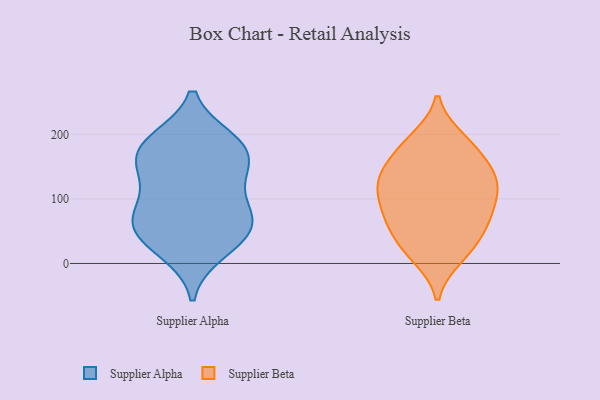
{"axis": {"x": "Net Income (USD K)", "y": "Value"}, "legend": ["Supplier Alpha", "Supplier Beta"], "data": [{"x": "", "y": 19, "type": "Supplier Alpha"}, {"x": "", "y": 141, "type": "Supplier Alpha"}, {"x": "", "y": 151, "type": "Supplier Alpha"}, {"x": "", "y": 184, "type": "Supplier Alpha"}, {"x": "", "y": 35, "type": "Supplier Alpha"}, {"x": "", "y": 125, "type": "Supplier Alpha"}, {"x": "", "y": 73, "type": "Supplier Alpha"}, {"x": "", "y": 70, "type": "Supplier Alpha"}, {"x": "", "y": 170, "type": "Supplier Alpha"}, {"x": "", "y": 190, "type": "Supplier Alpha"}, {"x": "", "y": 42, "type": "Supplier Alpha"}, {"x": "", "y": 68, "type": "Supplier Alpha"}, {"x": "", "y": 185, "type": "Supplier Alpha"}, {"x": "", "y": 77, "type": "Supplier Alpha"}, {"x": "", "y": 64, "type": "Supplier Beta"}, {"x": "", "y": 70, "type": "Supplier Beta"}, {"x": "", "y": 135, "type": "Supplier Beta"}, {"x": "", "y": 122, "type": "Supplier Beta"}, {"x": "", "y": 81, "type": "Supplier Beta"}, {"x": "", "y": 144, "type": "Supplier Beta"}, {"x": "", "y": 90, "type": "Supplier Beta"}, {"x": "", "y": 180, "type": "Supplier Beta"}, {"x": "", "y": 10, "type": "Supplier Beta"}, {"x": "", "y": 112, "type": "Supplier Beta"}, {"x": "", "y": 190, "type": "Supplier Beta"}, {"x": "", "y": 58, "type": "Supplier Beta"}, {"x": "", "y": 162, "type": "Supplier Beta"}, {"x": "", "y": 46, "type": "Supplier Beta"}, {"x": "", "y": 112, "type": "Supplier Beta"}, {"x": "", "y": 14, "type": "Supplier Beta"}, {"x": "", "y": 25, "type": "Supplier Beta"}, {"x": "", "y": 144, "type": "Supplier Beta"}, {"x": "", "y": 119, "type": "Supplier Beta"}, {"x": "", "y": 193, "type": "Supplier Beta"}]}